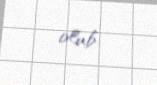
olub.